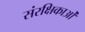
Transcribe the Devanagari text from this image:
संरक्षिकाओं